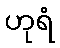
ဟုရံ